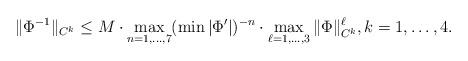
LaTeX: \begin{align*} \|\Phi^{-1}\|_{C^k}\leq M\cdot\max_{n=1,...,7}(\min|\Phi'|)^{-n}\cdot\max_{\ell=1,...,3}\|\Phi\|_{C^k}^\ell, k=1,\dots,4. \end{align*}